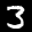
Label: 3